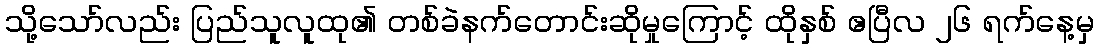
သို့သော်လည်း ပြည်သူလူထု၏ တစ်ခဲနက်တောင်းဆိုမှုကြောင့် ထိုနှစ် ဧပြီလ ၂၆ ရက်နေ့မှ